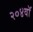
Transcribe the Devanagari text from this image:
२०४वॉ